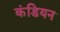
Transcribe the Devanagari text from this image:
कंडियन